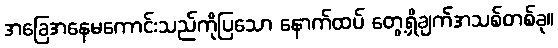
အခြေအနေမကောင်းသည်ကိုပြသော နောက်ထပ် တွေ့ရှိချက်အသစ်တစ်ခု။